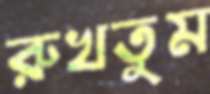
রুখতুম